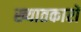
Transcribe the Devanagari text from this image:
ख्यातकारों